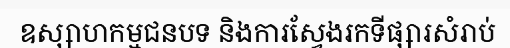
ឧស្សាហកម្មជនបទ និងការស្វែងរកទីផ្សារសំរាប់